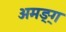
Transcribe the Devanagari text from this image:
अमङ्ग्